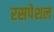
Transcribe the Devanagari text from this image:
रसपेशल